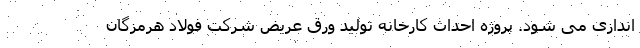
اندازی می شود. پروژه احداث کارخانه تولید ورق عریض شرکت فولاد هرمزگان